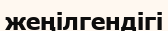
жеңілгендігі